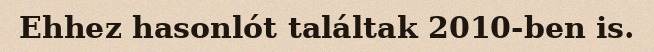
Ehhez hasonlót találtak 2010-ben is.